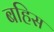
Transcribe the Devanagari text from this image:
बहिस